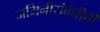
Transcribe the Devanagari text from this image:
जमिनीसंबंधीची